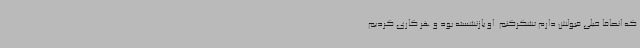
که انصافا خیلی قبولش دارم تشکرکنم. او بازنشسته بود و هر کاری کردیم